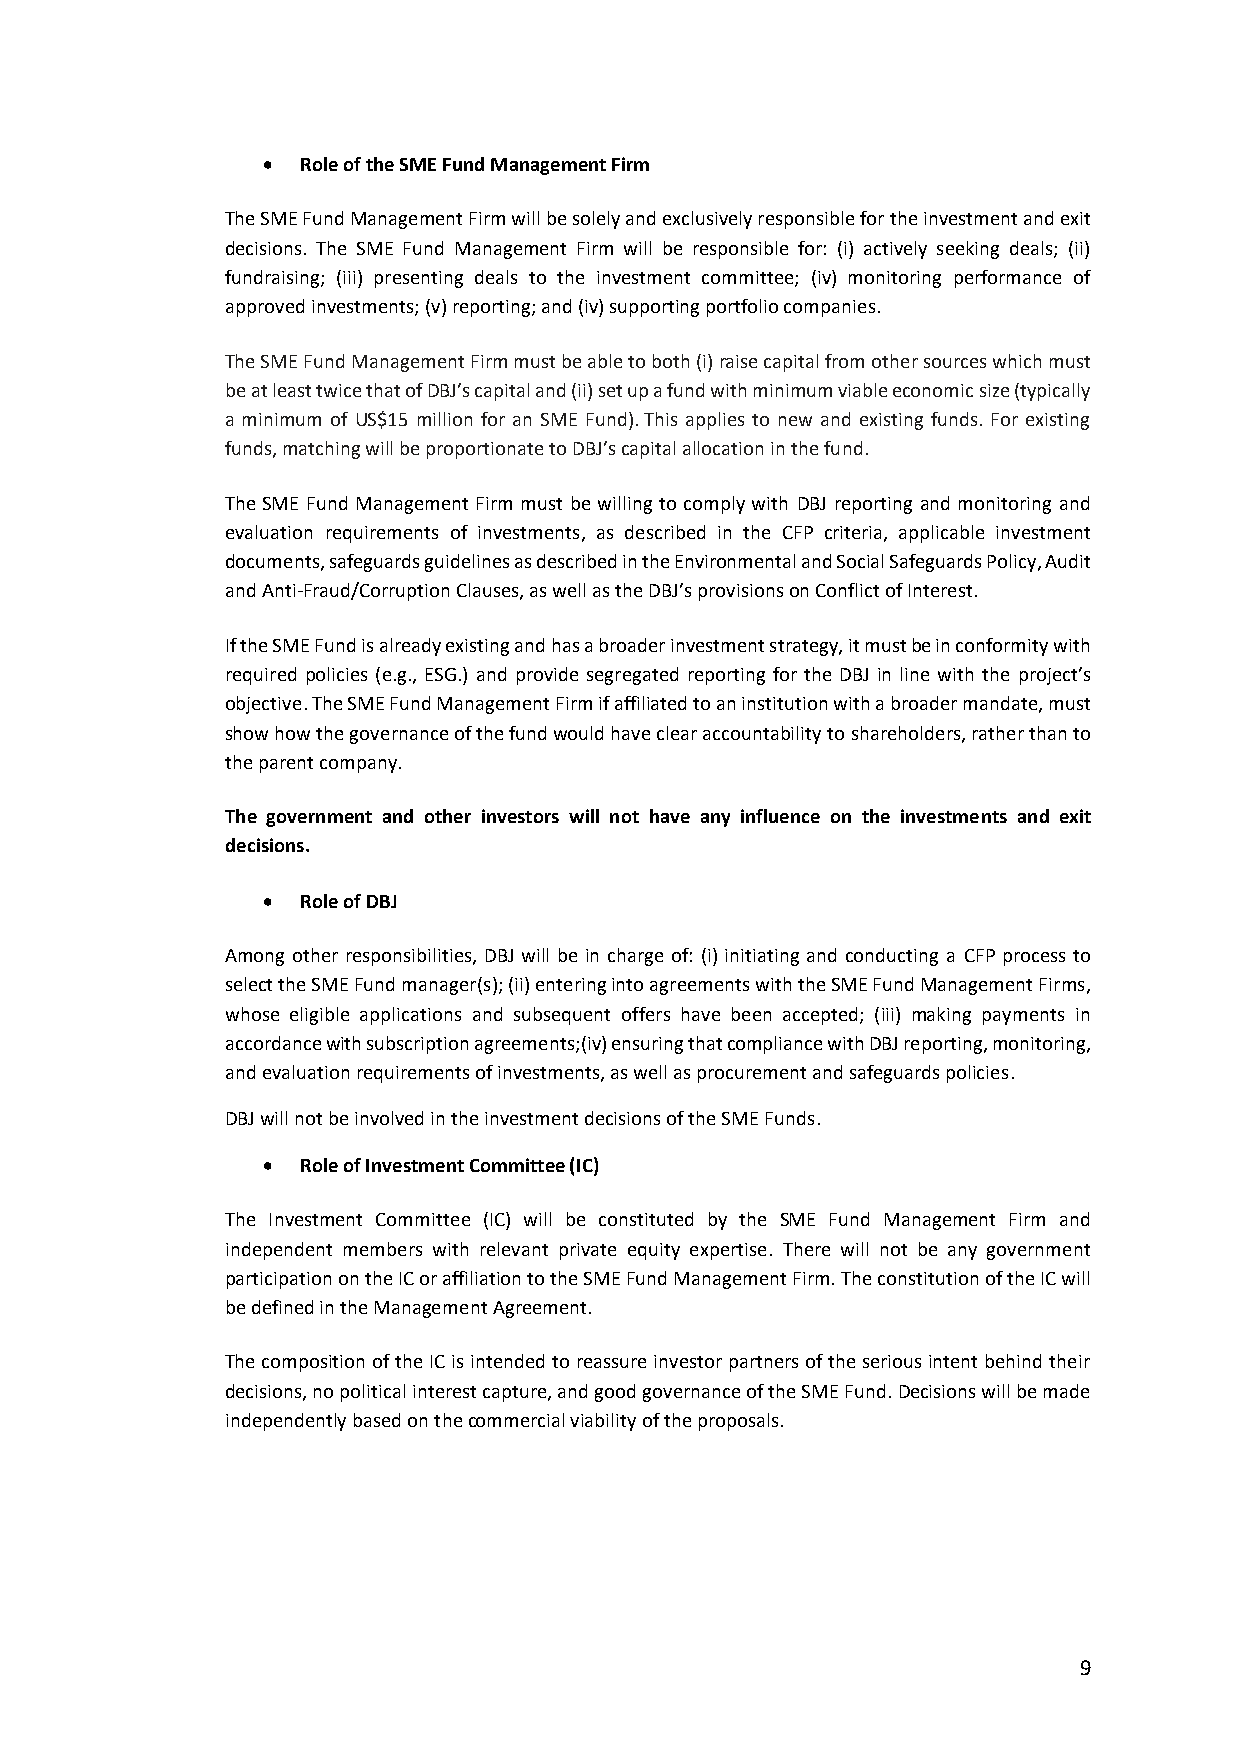
•  Role of the SME Fund Management Firm
 The SME Fund Management Firm will be solely and exclusively responsible for the investment and exit
 decisions. The SME Fund Management Firm will be responsible for: (i) actively seeking deals; (ii)
 fundraising; (iii) presenting deals to the investment committee; (iv) monitoring performance of
 approved investments; (v) reporting; and (iv) supporting portfolio companies.
 The SME Fund Management Firm must be able to both (i) raise capital from other sources which must
 be at least twice that of DBJ’s capital and (ii) set up a fund with minimum viable economic size (typically
 a minimum of US$15 million for an SME Fund). This applies to new and existing funds. For existing
 funds, matching will be proportionate to DBJ’s capital allocation in the fund.
 The SME Fund Management Firm must be willing to comply with DBJ reporting and monitoring and
 evaluation requirements of investments, as described in the CFP criteria, applicable investment
 documents, safeguards guidelines as described in the Environmental and Social Safeguards Policy, Audit
 and Anti-Fraud/Corruption Clauses, as well as the DBJ’s provisions on Conflict of Interest.
 If the SME Fund is already existing and has a broader investment strategy, it must be in conformity with
 required policies (e.g., ESG.) and provide segregated reporting for the DBJ in line with the project’s
 objective. The SME Fund Management Firm if affiliated to an institution with a broader mandate, must
 show how the governance of the fund would have clear accountability to shareholders, rather than to
 the parent company.
 The government and other investors will not have any influence on the investments and exit
 decisions.
 •  Role of DBJ
 Among other responsibilities, DBJ will be in charge of: (i) initiating and conducting a CFP process to
 select the SME Fund manager(s); (ii) entering into agreements with the SME Fund Management Firms,
 whose eligible applications and subsequent offers have been accepted; (iii) making payments in
 accordance with subscription agreements;(iv) ensuring that compliance with DBJ reporting, monitoring,
 and evaluation requirements of investments, as well as procurement and safeguards policies.
 DBJ will not be involved in the investment decisions of the SME Funds.
 •  Role of Investment Committee (IC)
 The Investment Committee (IC) will be constituted by the SME Fund Management Firm and
 independent members with relevant private equity expertise. There will not be any government
 participation on the IC or affiliation to the SME Fund Management Firm. The constitution of the IC will
 be defined in the Management Agreement.
 The composition of the IC is intended to reassure investor partners of the serious intent behind their
 decisions, no political interest capture, and good governance of the SME Fund. Decisions will be made
 independently based on the commercial viability of the proposals.
 9